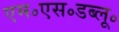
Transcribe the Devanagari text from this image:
एम॰एस॰डब्लू॰